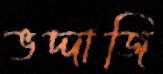
ভদ্দাজি